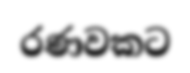
රණවකට